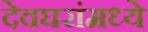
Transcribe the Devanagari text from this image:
देवघरांमध्ये